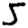
Digit: 5